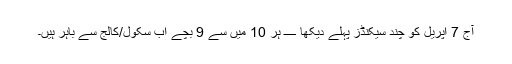
آج 7 اپریل کو چند سیکنڈز پہلے دیکھا ــــ ہر 10 میں سے 9 بچے اب سکول/کالج سے باہر ہیں۔